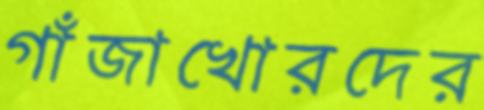
গাঁজাখোরদের